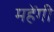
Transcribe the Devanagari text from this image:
महेंगी